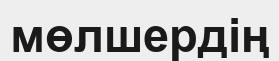
мөлшердің